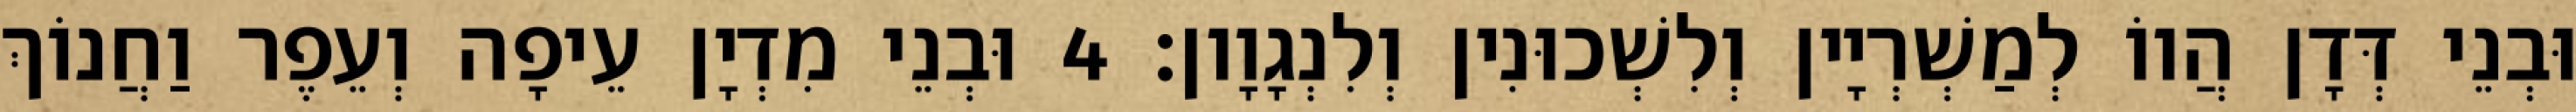
וּבְנֵי דְּדָן הֲווֹ לְמַשְׁרְיָין וְלִשְׁכוּנִין וְלִנְגָוָון׃ 4 וּבְנֵי מִדְיָן עֵיפָה וְעֵפֶר וַחֲנוֹךְ